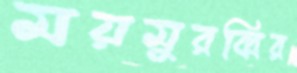
ময়মুরব্বির